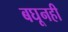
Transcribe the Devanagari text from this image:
बघूनही